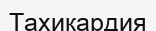
Тахикардия